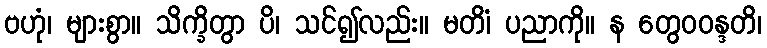
ဗဟုံ၊ များစွာ။ သိက္ခိတွာ ပိ၊ သင်၍လည်း။ မတိံ၊ ပညာကို။ န တွေဝဝန္ဒတိ၊